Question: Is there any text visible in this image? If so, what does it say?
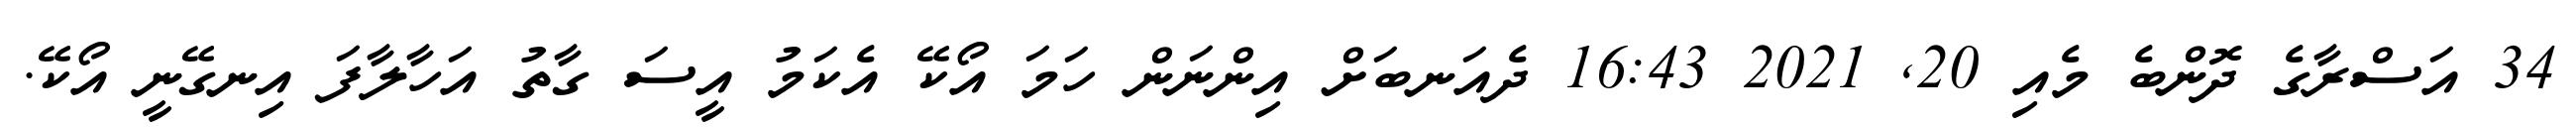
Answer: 34 އަސްރާގެ ދޮންބެ މެއި 20, 2021 16:43 ދެއަނބަށް އިންނަން ހަމަ އޯކޭ އެކަމު އީސަ ގާތު އަހާލާފަ އިނގޭނީ އޯކޭ.